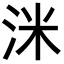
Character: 洣